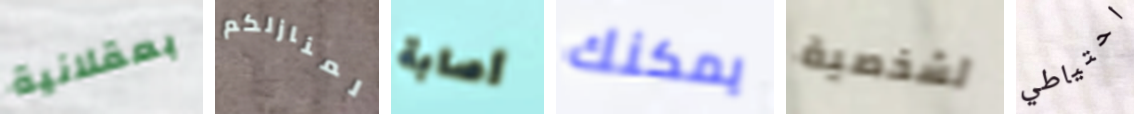
بعقلانية لمنازلكم أصابة يمكنك لشخصية احتياطي